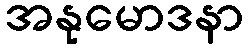
အနုမောဒနာ